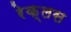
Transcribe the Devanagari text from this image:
रेक्लस